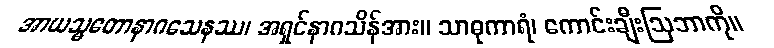
အာယသ္မတောနာဂသေနဿ၊ အရှင်နာဂသိန်အား။ သာဓုကာရံ၊ ကောင်းချီးဩဘာကို။